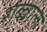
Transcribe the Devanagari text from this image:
शब्वाल